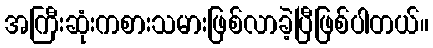
အကြီးဆုံးကစားသမားဖြစ်လာခဲ့ပြီဖြစ်ပါတယ်။